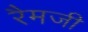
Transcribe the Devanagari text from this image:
रैमजी